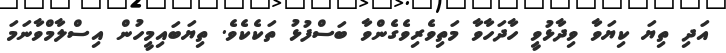
އަދި ތިޔަ ކިޔަވާ ވިދާޅުވީ ހާދަހާވާ މަތިވެރިވެގެންވާ ބަސްފުޅު ތަކެކެވެ. ތިޔަބައިމީހުން އިސްލާމްވާނަަމަ